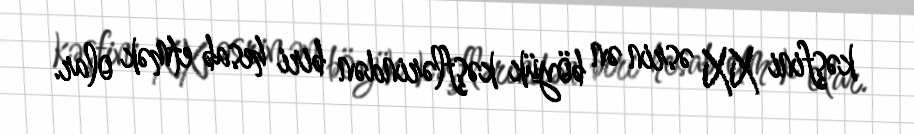
kəşfini XX əsrin ən böyük kəşflərindən biri hesab etmək olar.